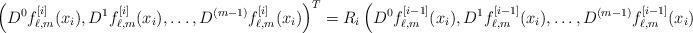
LaTeX: \begin{align*}\left(D^0 f_{\ell,m}^{[i]}(x_i),D^1 f_{\ell,m}^{[i]}(x_i),\dots,D^{(m-1)} f_{\ell,m}^{[i]}(x_i)\right)^T= R_i\left(D^0 f_{\ell,m}^{[i-1]}(x_i),D^1 f_{\ell,m}^{[i-1]}(x_i),\dots,D^{(m-1)} f_{\ell,m}^{[i-1]}(x_i)\right)^T, \end{align*}